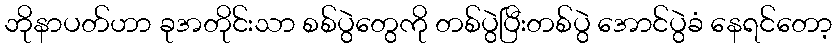
ဘိုနာပတ်ဟာ ခုအတိုင်းသာ စစ်ပွဲတွေကို တစ်ပွဲပြီးတစ်ပွဲ အောင်ပွဲခံ နေရင်တော့